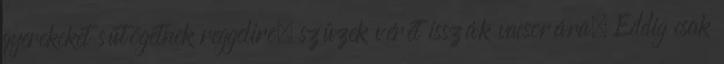
gyerekeket sütögetnek reggelire, szüzek vérét isszák vacsorára. Eddig csak